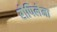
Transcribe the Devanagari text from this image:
रोपिलेमा